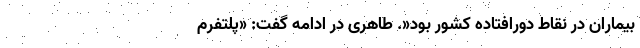
بیماران در نقاط دورافتاده کشور بود«. طاهری در ادامه گفت: «پلتفرم